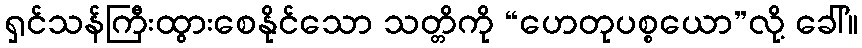
ရှင်သန်ကြီးထွားစေနိုင်သော သတ္တိကို “ဟေတုပစ္စယော”လို့ ခေါ်။